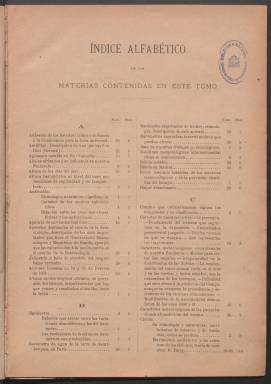
Título: Boletín meteorológico (Madrid. 1890)
Colección: Ciencias
Ámbito geográfico: Madrid
Lugar de publicación: Madrid
Fechas: 01/01/1890-01/08/1897